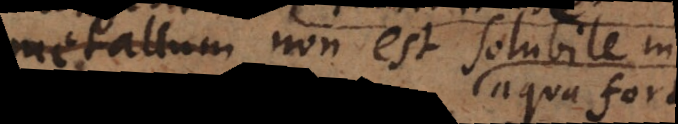
argentum non est solubile in